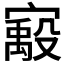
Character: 𫴈